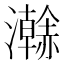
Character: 𤃬